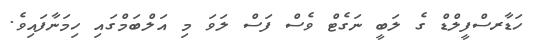
ހަޑާރސްފީލްޑް ގެ ލަބީ ނަގެޓް ވެސް ފަސް ލަވަ މި އަލްބަމްގައި ހިމަނާފައިވެ.